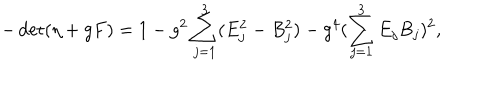
- \det ( \eta + g F ) = 1 - g ^ { 2 } \sum _ { j = 1 } ^ { 3 } ( E _ { j } ^ { 2 } - B _ { j } ^ { 2 } ) - g ^ { 4 } ( \sum _ { j = 1 } ^ { 3 } E _ { j } B _ { j } ) ^ { 2 } ,